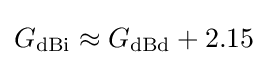
G_{\text{dBi}}\approx G_{\text{dBd}}+2.15